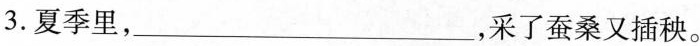
3.夏季里，___，采了蚕桑又插秧。